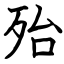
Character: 殆